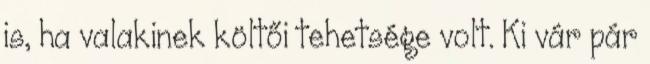
is, ha valakinek költői tehetsége volt. Ki vár pár